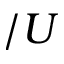
/ U